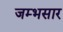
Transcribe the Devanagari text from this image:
जम्भसार